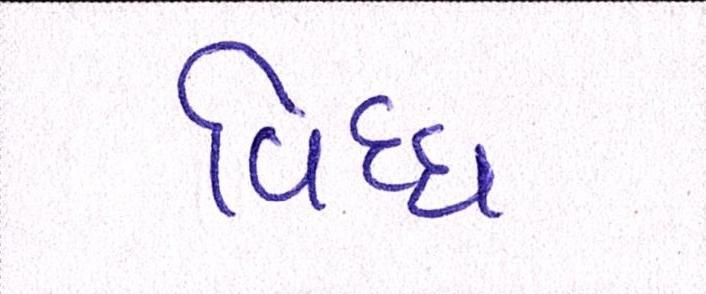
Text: વિઘ્ધ